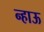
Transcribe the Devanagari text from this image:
न्हाऊ